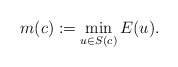
\begin{align*} m(c):=\min_{u \in S(c)} E(u).\end{align*}